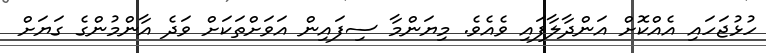
ހުޅުޖަހައި އެއްކޮށް އަންދާލާފައި ވެއެވެ. މިޔަންމާ ސިފައިން އަވަށްތަކަށް ވަދެ އާންމުންގެ ގަޔަށް